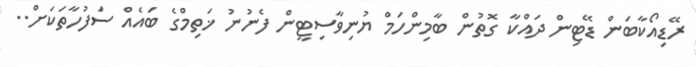
ރޭޑިއޯކާބަން ޑޭޓިން ދައްކާ ގޮތުން ބާމިންހަމް ޔުނިވާސިޓީން ފެނުނު ޚަތިމްގެ ބައެއް ސަފުހާތަކަށް..